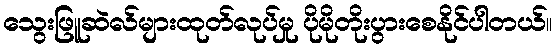
သွေးဖြူဆဲလ်များထုတ်လုပ်မှု ပိုမိုတိုးပွားစေနိုင်ပါတယ်။